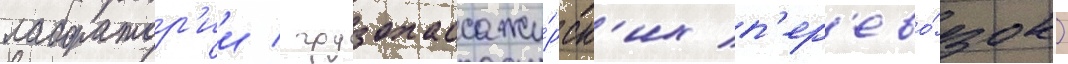
лаборатор'ии / грузопассажи́рск'их п'ер'ево́зок)